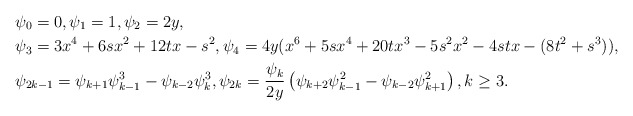
\begin{align*} &\psi_{0}=0,\psi_{1}=1,\psi_{2}=2y,\\ &\psi_{3}=3x^{4}+6sx^{2}+12tx-s^{2}, \psi_{4}=4y(x^{6}+5sx^{4}+20tx^{3}-5s^{2}x^{2}-4stx-(8t^{2}+s^{3})),\\ &\psi_{2k-1}=\psi_{k+1}\psi_{k-1}^{3}-\psi_{k-2}\psi_{k}^{3}, \psi_{2k}=\frac{\psi_{k}}{2y}\left(\psi_{k+2}\psi_{k-1}^{2}-\psi_{k-2}\psi_{k+1}^{2}\right),k\ge 3. \end{align*}